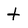
Character: t